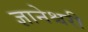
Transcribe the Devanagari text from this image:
ज्ञानेश्चरी